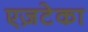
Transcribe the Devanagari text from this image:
एज़टेका